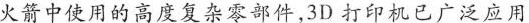
火箭中使用的高度复杂零部件.3D打印机已广泛应用